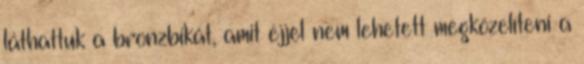
láthattuk a bronzbikát, amit éjjel nem lehetett megközelíteni a